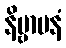
နိဗ္ဗာပနံ